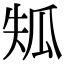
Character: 𤫴